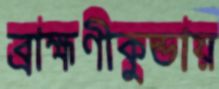
ব্রাহ্মণীকুন্ডায়